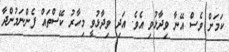
ކަމަށް ވެސް އޭނާ ވިދާޅުވި އެވެ. އަދި ވިދާޅުވީ މިހާރު ކޭސްތައް ފެންނަމުންދާ